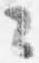
々